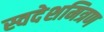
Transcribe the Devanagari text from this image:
स्वदेशमित्रण